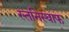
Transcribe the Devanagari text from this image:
स्तनिस्वाफ